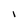
Character: l